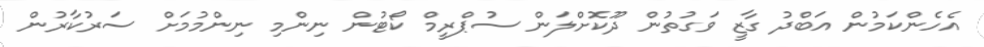
އެހެންކަމުން އަބްދު ގާޒީ ވަގުތުން ދޫކޮށްލަން ސުޕްރީމް ކޯޓުން ނިންމި ނިންމުމަށް ސަރުކާރުން